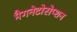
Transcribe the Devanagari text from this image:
मैगनेटोसेप्शन